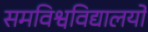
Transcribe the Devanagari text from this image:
समविश्वविद्यालयों